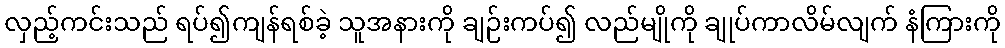
လှည့်ကင်းသည် ရပ်၍ကျန်ရစ်ခဲ့ သူအနားကို ချဉ်းကပ်၍ လည်မျိုကို ချုပ်ကာလိမ်လျက် နံကြားကို